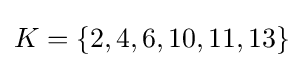
K=\{2,4,6,10,11,13\}